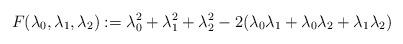
LaTeX: \begin{align*}F(\lambda_0,\lambda_1,\lambda_2):=\lambda_0^2+\lambda_1^2+\lambda_2^2-2(\lambda_0\lambda_1+\lambda_0\lambda_2+\lambda_1\lambda_2)\end{align*}